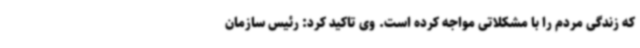
که زندگی مردم را با مشکلاتی مواجه کرده است. وی تاکید کرد: رئیس سازمان